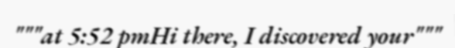
"""at 5:52 pmHi there, I discovered your"""